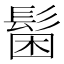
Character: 𩭋